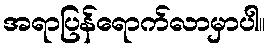
အရာပြန်ရောက်လာမှာပါ။